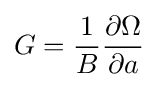
G={\frac {1}{B}}{\frac {\partial \Omega }{\partial a}}